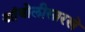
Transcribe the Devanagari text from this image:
आंबोलीसारखे